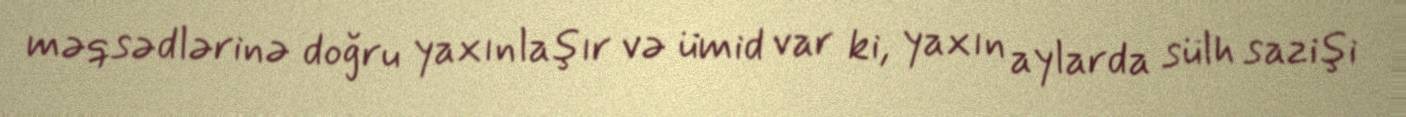
məqsədlərinə doğru yaxınlaşır və ümid var ki, yaxın aylarda sülh sazişi